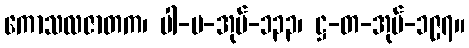
ကောသလဇာတက၊ ပါ-ပ-အုပ်-၁၃၃၊ ဋ္ဌ-တ-အုပ်-၁၉၇။